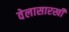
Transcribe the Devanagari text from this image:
वेलासारखी